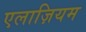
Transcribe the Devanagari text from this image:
एलाज़ियम